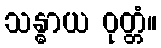
သန္ဓာယ ဝုတ္တံ။